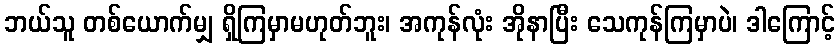
ဘယ်သူ တစ်ယောက်မျှ ရှိကြမှာမဟုတ်ဘူး၊ အကုန်လုံး အိုနာပြီး သေကုန်ကြမှာပဲ၊ ဒါကြောင့်